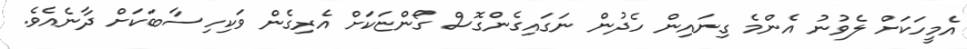
އެމީހަކަށް ލެވުނު އެންމެ ގިނައިން ހެދުން ނަގައިގެންގޮސް ގޯންޏަކަށް އެރިގެން ވަކިހިސާބަކަށް ދާނެއެވެ.